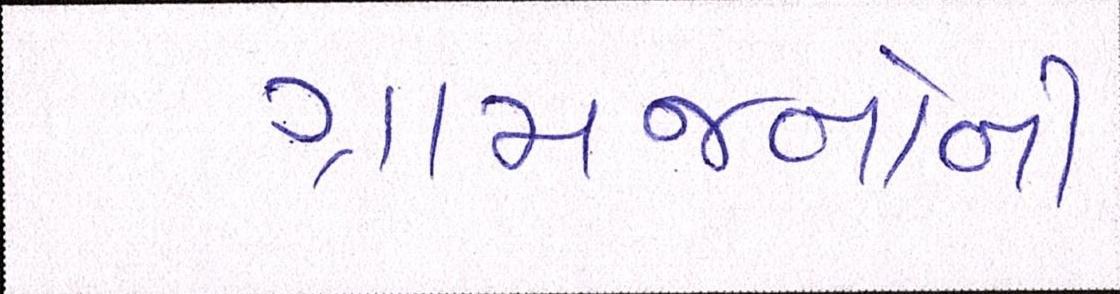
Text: ગ્રામજનોની